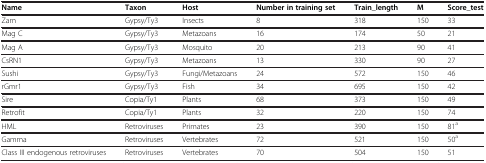
<table><thead><tr><td><b>Name</b></td><td><b>Taxon</b></td><td><b>Host</b></td><td><b>Number in training set</b></td><td><b>Train_length</b></td><td><b>M</b></td><td><b>Score_test</b></td></tr></thead><tbody><tr><td>Zam</td><td>Gypsy/Ty3</td><td>Insects</td><td>8</td><td>318</td><td>150</td><td>33</td></tr><tr><td>Mag C</td><td>Gypsy/Ty3</td><td>Metazoans</td><td>16</td><td>174</td><td>50</td><td>21</td></tr><tr><td>Mag A</td><td>Gypsy/Ty3</td><td>Mosquito</td><td>20</td><td>213</td><td>90</td><td>41</td></tr><tr><td>CsRN1</td><td>Gypsy/Ty3</td><td>Metazoans</td><td>13</td><td>330</td><td>90</td><td>27</td></tr><tr><td>Sushi</td><td>Gypsy/Ty3</td><td>Fungi/Metazoans</td><td>24</td><td>572</td><td>150</td><td>46</td></tr><tr><td>rGmr1</td><td>Gypsy/Ty3</td><td>Fish</td><td>34</td><td>695</td><td>150</td><td>42</td></tr><tr><td>Sire</td><td>Copia/Ty1</td><td>Plants</td><td>68</td><td>373</td><td>150</td><td>49</td></tr><tr><td>Retrofit</td><td>Copia/Ty1</td><td>Plants</td><td>32</td><td>220</td><td>150</td><td>74</td></tr><tr><td>HML</td><td>Retroviruses</td><td>Primates</td><td>23</td><td>390</td><td>150</td><td>81<sup>a</sup></td></tr><tr><td>Gamma</td><td>Retroviruses</td><td>Vertebrates</td><td>72</td><td>521</td><td>150</td><td>50<sup>a</sup></td></tr><tr><td>Class III endogenous retroviruses</td><td rowspan="2">Retroviruses</td><td rowspan="2">Vertebrates</td><td rowspan="2">70</td><td rowspan="2">504</td><td rowspan="2">150</td><td rowspan="2">51</td></tr></tbody></table>